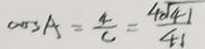
\cos A = \frac { 4 } { c } = \frac { 4 \sqrt { 4 1 } } { 4 1 }